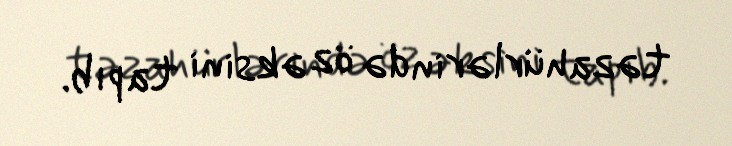
təzahürlərində öz əksini tapıb.